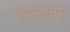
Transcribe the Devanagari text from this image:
परिवार्